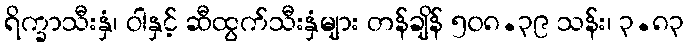
ရိက္ခာသီးနှံ၊ ဝါနှင့် ဆီထွက်သီးနှံများ တန်ချိန် ၅၀၈.၃၉ သန်း၊ ၃.၈၃